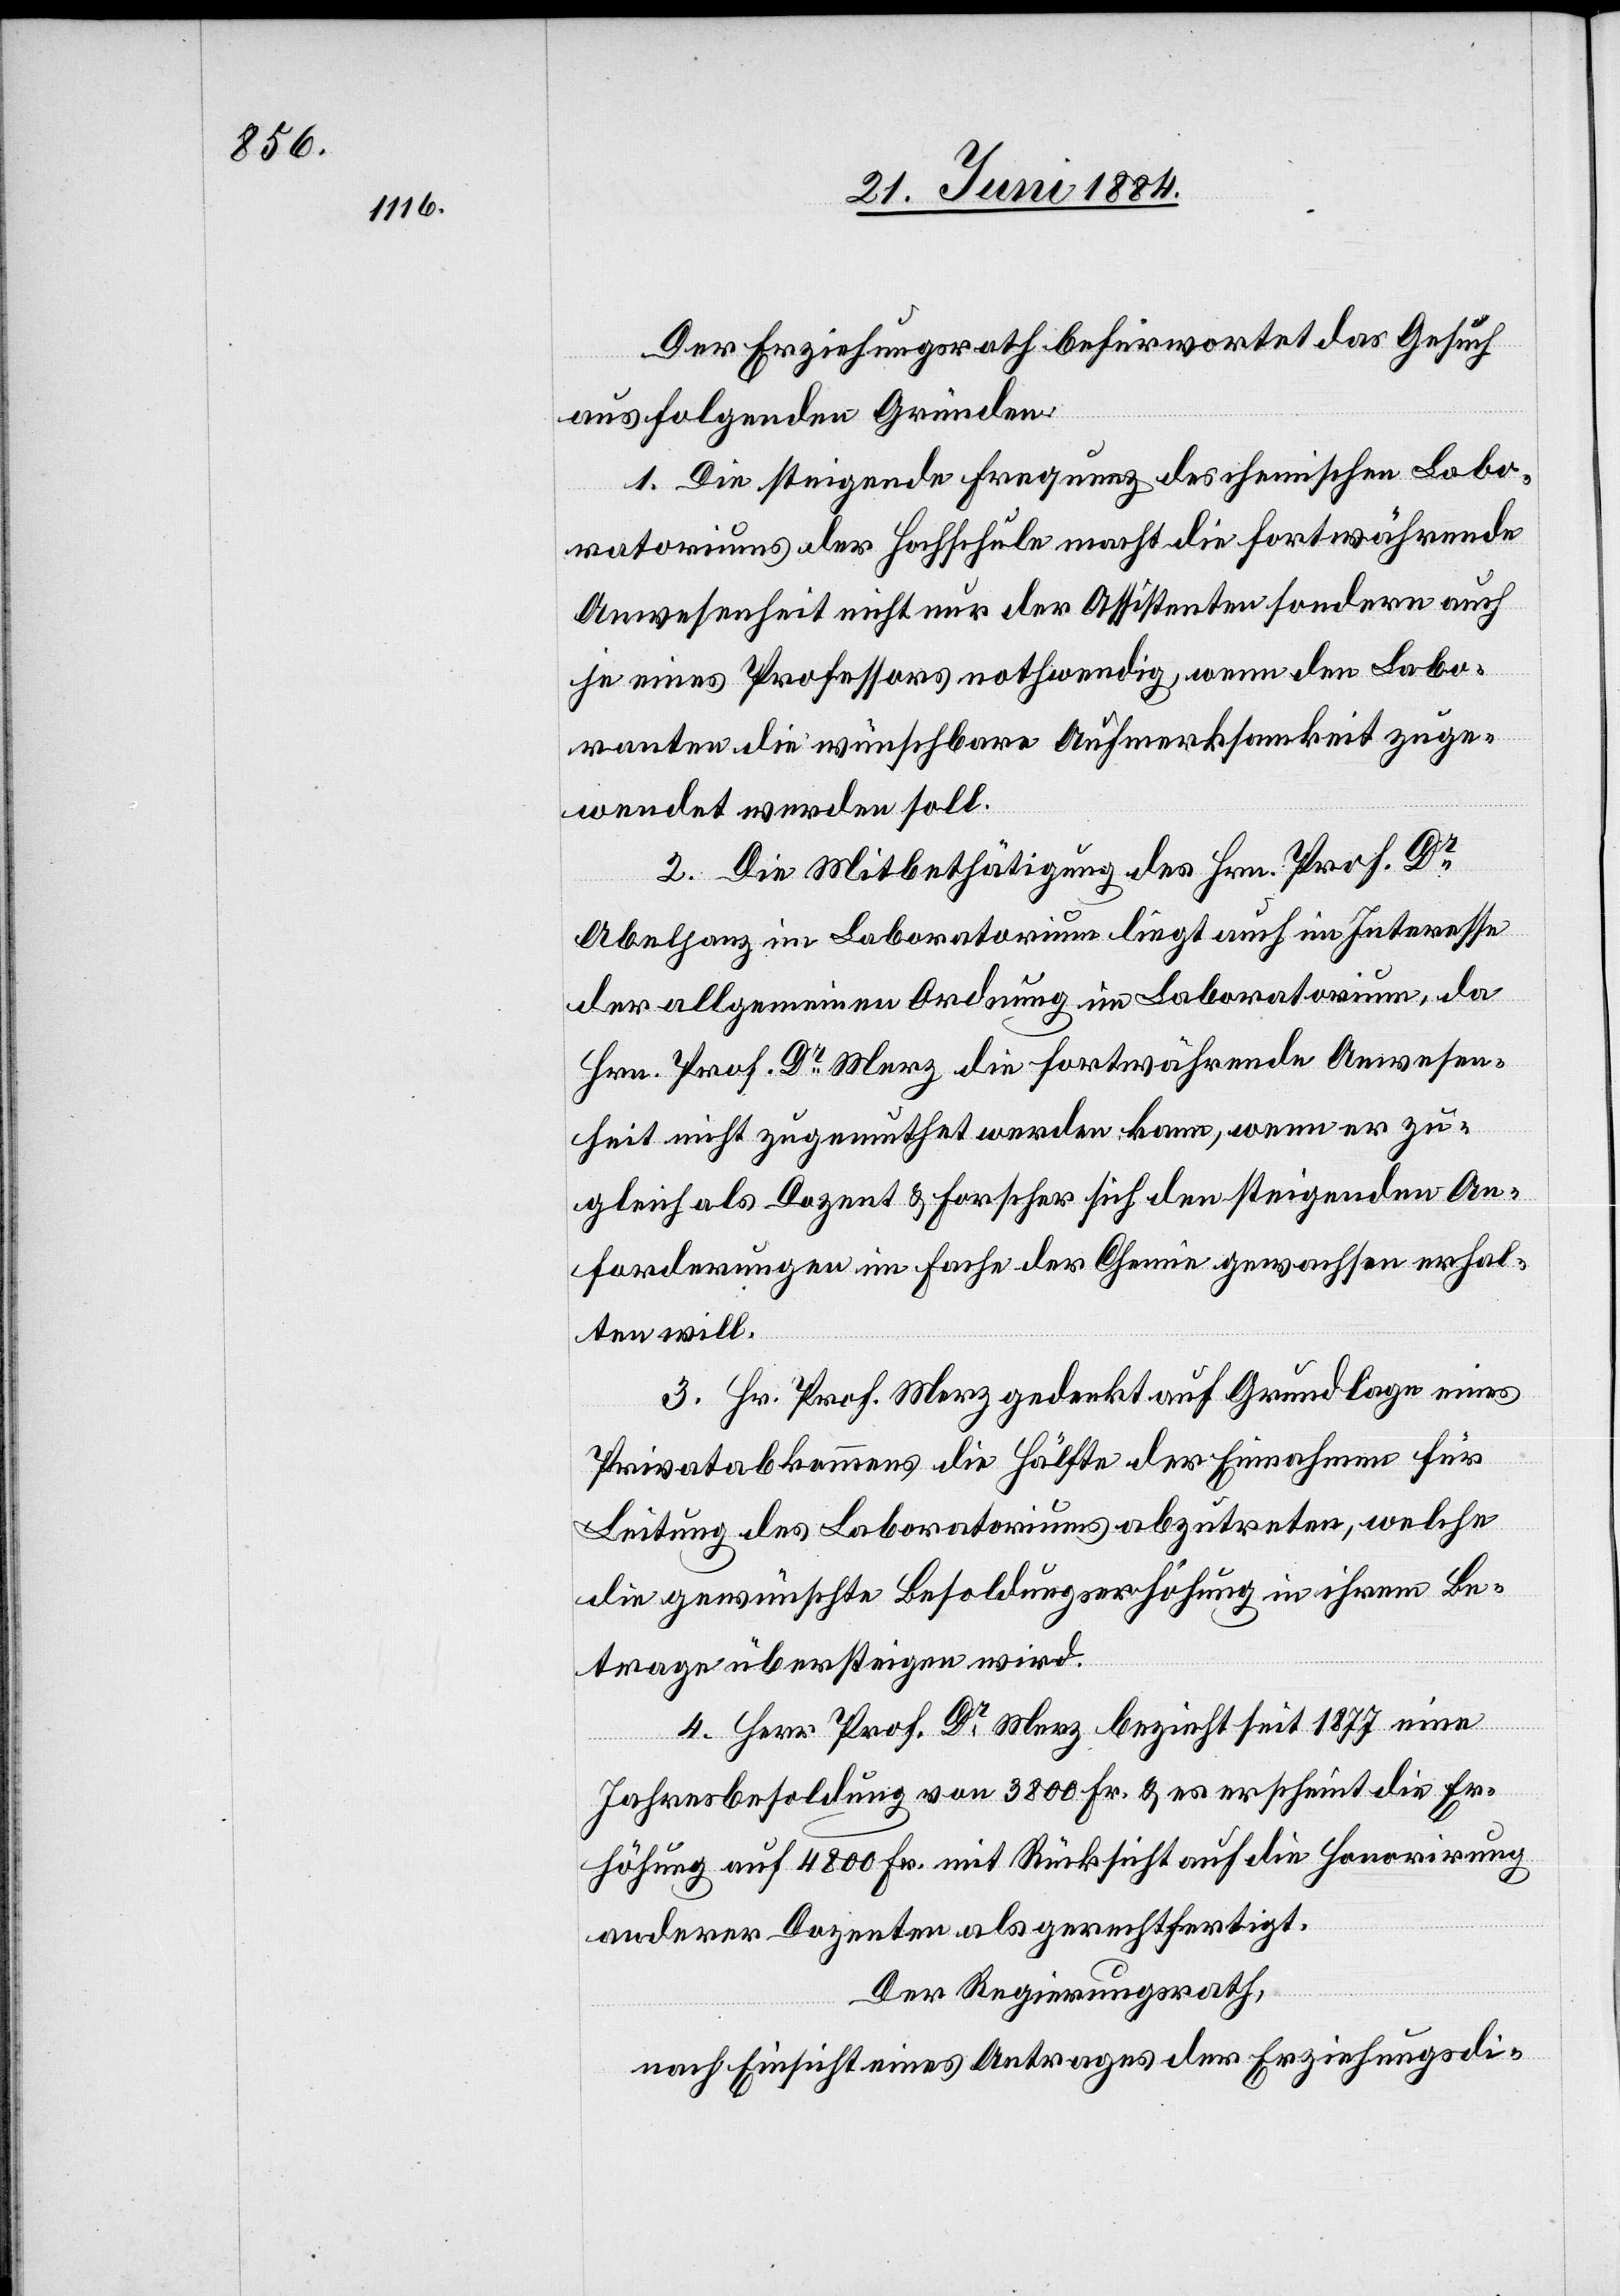
Der Erziehungsrath befürwortet das Gesuch
aus folgenden Gründen:
1. Die steigende Frequenz des chemischen Labo¬
ratoriums der Hochschule macht die fortwährende
Anwesenheit nicht nur der Assistenten sondern auch
je eines Professors nothwendig, wenn den Labo¬
ranten die wünschbare Aufmerksamkeit zuge¬
wendet werden soll.
2. Die Mitbethätigung des Hrn. Prof. Dr
Abeljanz im Laboratorium liegt auch im Interesse
der allgemeinen Ordnung im Laboratorium, da
Hrn. Prof. Dr Merz die fortwährende Anwesen¬
heit nicht zugemuthet werden kann, wenn er zu¬
gleich als Dozent & Forscher sich den steigenden An¬
forderungen im Fache der Chemie gewachsen erhal¬
ten will.
3. Hr. Prof. Merz gedenkt auf Grundlage eines
Privatabkommens die Hälfte der Einnahmen für
Leitung des Laboratoriums abzutreten, welche
die gewünschte Besoldungserhöhung in ihrem Be¬
trage übersteigen wird.
4. Herr Prof. Dr Merz bezieht seit 1877 eine
Jahresbesoldung von 3800 Fr. & es erscheint die Er¬
höhung auf 4800 Fr. mit Rücksicht auf die Honorirung
anderer Dozenten als gerechtfertigt.
Der Regierungsrath,
nach Einsicht eines Antrages der Erziehungsdi-